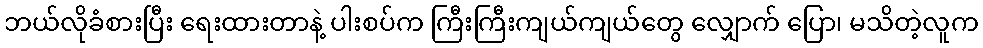
ဘယ်လိုခံစားပြီး ရေးထားတာနဲ့ ပါးစပ်က ကြီးကြီးကျယ်ကျယ်တွေ လျှောက် ပြော၊ မသိတဲ့လူက